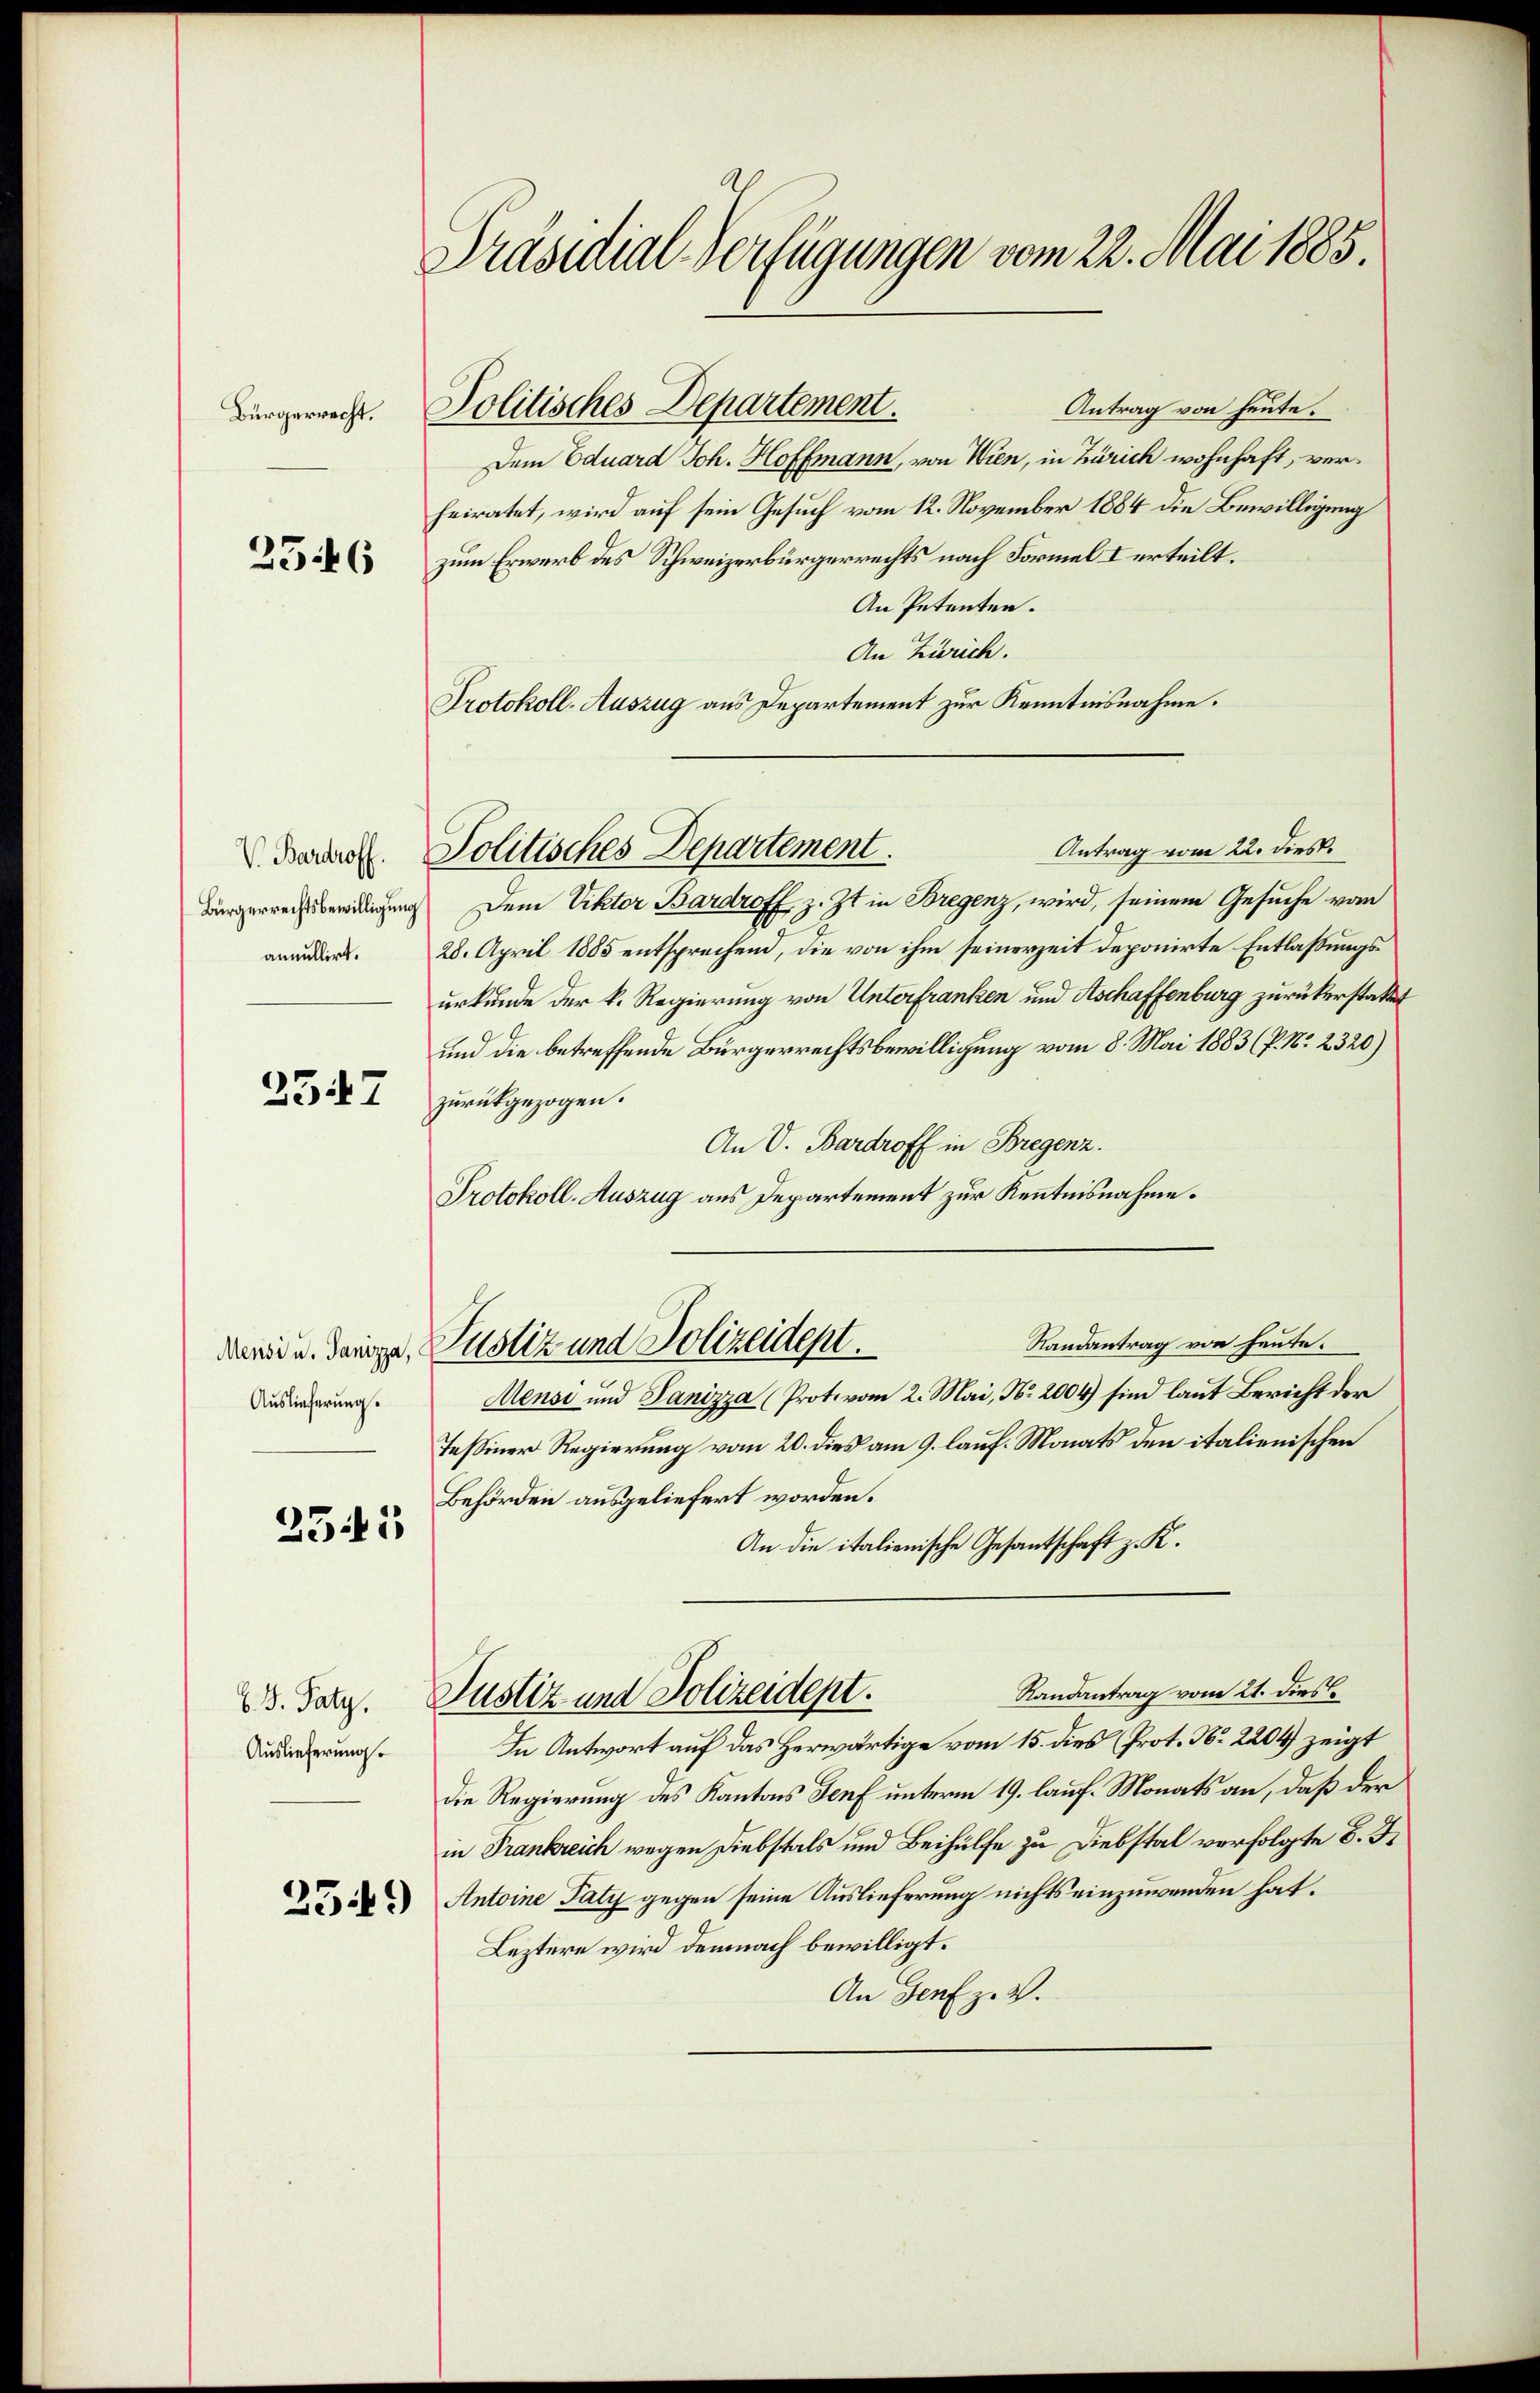
Bürgerrecht.

2546

V. Bardroff.
Bürgerrechtsbewilligung
annullirt.

2547

Mensi u. Janizza,
Auslieferung.

2545

b. B. Satz.
Auslieferung

2549

Präsidial-Verfügungen vom 22. Mai 1885

Politisches Departement.

Antrag von heute.
Dem Eduard Joh. Hoffmann, von Wien, in Zürich wohnhaft, verheiratet, wird auf sein Gesuch vom 12. November 1884 die Bewilligung
zum Erwerb des Schweizerbürgerrechts nach Formel I erteilt.
An Petenten.
An Zürich.
Protokoll-Auszug aus Departement zur Kenntnisnahme.
Dem Viktor Bardroff z. Zt. in Bregenz, wird, seinem Gesuche vom
28. April 1885 entsprechend, die von ihm seinerzeit deponirte Entlassungsurkunde der k. Regierung von Unterfranken und Aschaffenburg zurückerstattet
und die betreffende Bürgerrechtsbewilligung vom 8. Mai 1883 (P. Nr. 2320)
zurückgezogen.
An V. Bardroff in Bregenz.
Protokoll-Auszug aus Departement zur Kenntnisnahme.
Randantrag von heute.
Justiz und Polizeidept.
Aense und Panizza (Protovom 2. Mai, No. 2004) sind laut Bericht der
Tessiner Regierung vom 20. dies am 9. lauf. Monats den italienischen
Behörden ausgeliefert worden.
An die italienische Gesantschaft z. K.
Randantrag vom 21. dies
Justiz und Polizeidept.
In Antwort auf das Herwärtige vom 15. dies (Prot. N. 2204) zeigt
die Regierung des Kantons Genf unterm 19. lauf. Monats an, daß der
in Frankreich wegen Diebstals und Beihülfe zu Diebstal verfolgte B. S
Antoine Taty gegen seine Auslieferung nichts einzuwenden hat.
Leztere wird demnach bewilligt.
An Genf z. B.

Antrag vom 22. dies
Politisches Departement.